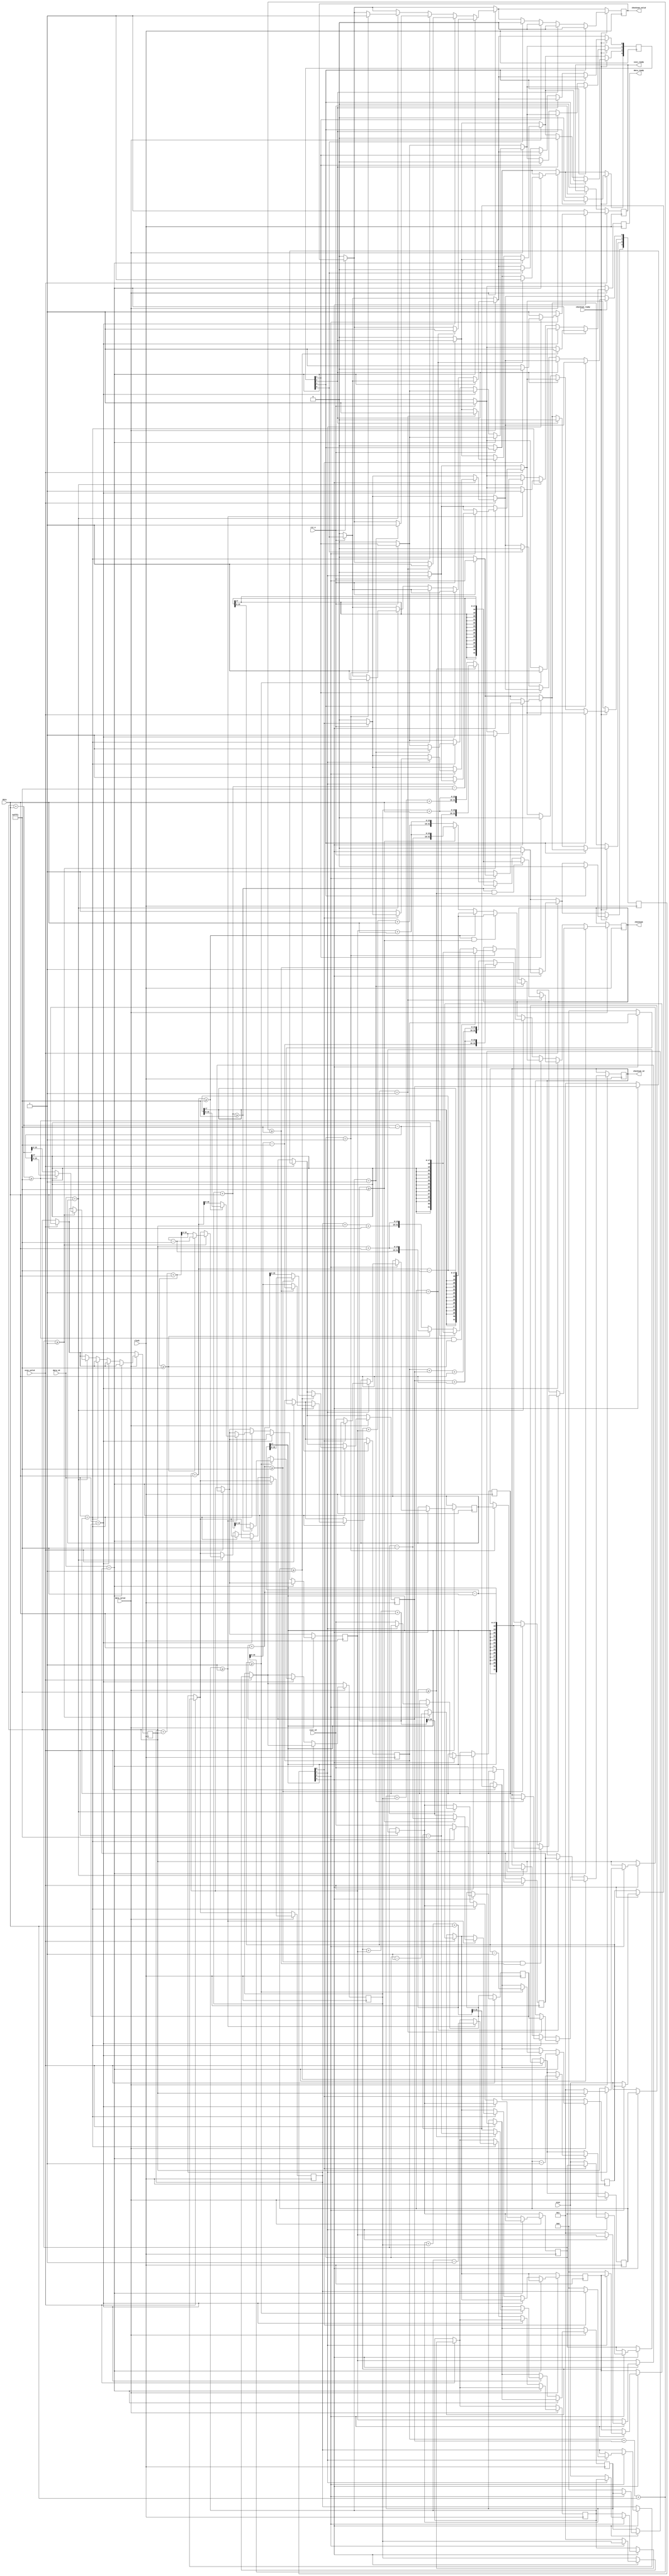
module adler32(
	input clock, rst_n,
	input size_valid,
	input[3:0] size_id,
	input[31:0] size,
	input data_valid,
	input[3:0] data_id,
	input[7:0] data,
	input checksum_ready,
	
	output reg size_ready,
	output reg data_ready,
	output reg checksum_valid,
	output reg [3:0] checksum_id,
	output reg [31:0] checksum
);
	
	reg [7:0] dataIn;
	reg [3:0] use_matrix = 0;
	reg [3:0] finish_matrix = 0;
	reg [3:0] id1, id2, id3, id4;
	reg [31:0] size1, size2, size3, size4;
	reg [15:0] a1, b1, a2, b2, a3, b3, a4, b4;
	
	always @ *
	begin
		dataIn <= data;
	end
	
	always @ (posedge clock)
	begin
		data_ready <= 1;
		// Active Low Reset
		if(!rst_n)
		begin
			size_ready <= 0;
			data_ready <= 0;
			use_matrix <= 0;
			finish_matrix <= 0;
			checksum_valid <= 0;
		end
		
		// InLoad Block
		if(size_valid)
		begin
			if(use_matrix[3] == 0)
			begin
				id1 <= size_id;
				size1 <= size;
				a1 <= 1;
				b1 <= 0;
				use_matrix[3] <= 1;
				size_ready <= 1;
			end
			else
				if(use_matrix[2] == 0)
				begin
					id2 <= size_id;
					size2 <= size;
					a2 <= 1;
					b2 <= 0;
					use_matrix[2] <= 1;
					size_ready <= 1;
				end
				else
					if(use_matrix[1] == 0)
					begin
						id3 <= size_id;
						size3 <= size;
						a3 <= 1;
						b3 <= 0;
						use_matrix[1] <= 1;
						size_ready <= 1;
					end
					else
						if(use_matrix[0] == 0)
						begin
							id4 <= size_id;
							size4 <= size;
							a4 <= 1;
							b4 <= 0;	
							use_matrix [0] <= 1;
							size_ready <= 1;
						end	
						else
						begin
							size_ready <= 0;
						end
		end
		
		//Compute Block
		if(data_valid)
		begin
			case(data_id)
			id1:
			begin
				if(size1 >= 1)
				begin
					size1 <= (size1 - 1); // decrement size1
					// compute A and B
					a1 <= (a1+dataIn >= 65521)?(a1+dataIn-65521):a1+dataIn; // Check modulo and compute
				
					b1 <= (b1+a1+dataIn >= 65521)?(b1+a1+dataIn-65521):b1+a1+dataIn; // Check modulo and compute
					data_ready <= 1;
				end	
				if(size1 == 1)
				begin
					if(a1+dataIn >= 65521 && b1+a1+dataIn >= 65521)
					begin
						checksum <= {(b1+a1+dataIn-65521),(a1+dataIn-65521)};
					end
					else if(a1+dataIn >= 65521)
					begin
						checksum <= {(b1+a1+dataIn),(a1+dataIn-65521)};
					end
					else if(b1+a1+dataIn >= 65521)
					begin
						checksum <= {(b1+a1+dataIn-65521),(a1+dataIn)};
					end
					else
					begin
						checksum <= {(b1+a1+dataIn),(a1+dataIn)};
					end
					finish_matrix[3] <= 1;
					checksum_valid <= 1;
					checksum_id <= id1;
				end
			end
			id2:
			begin
				if(size2 >= 1)
				begin
					size2 <= (size2 - 1); // decrement size2
					// compute A and B
					a2 <= (a2+dataIn >= 65521)?(a2+dataIn-65521):a2+dataIn; // Check modulo and compute
				
					b2 <= (b2+a2+dataIn >= 65521)?(b2+a2+dataIn-65521):b2+a2+dataIn; // Check modulo and compute
					data_ready <= 1;
				end		
				if(size2 == 1)
				begin
					if(a2+dataIn >= 65521 && b2+a2+dataIn >= 65521)
					begin
						checksum <= {(b2+a2+dataIn-65521),(a2+dataIn-65521)};
					end
					else if(a2+dataIn >= 65521)
					begin
						checksum <= {(b2+a2+dataIn),(a2+dataIn-65521)};
					end
					else if(b2+a2+dataIn >= 65521)
					begin
						checksum <= {(b2+a2+dataIn-65521),(a2+dataIn)};
					end
					else
					begin
						checksum <= {(b2+a2+dataIn),(a2+dataIn)};
					end
					finish_matrix[2] <= 1;
					checksum_valid <= 1;
					checksum_id <= id2;
				end
			end
			id3:
			begin
				if(size3 >= 1)
				begin
					size3 <= (size3 - 1); // decrement size3
					// compute A and B
					a3 <= (a3+dataIn >= 65521)?(a3+dataIn-65521):a3+dataIn; // Check modulo and compute
				
					b3 <= (b3+a3+dataIn >= 65521)?(b3+a3+dataIn-65521):b3+a3+dataIn; // Check modulo and compute
					data_ready <= 1;
				end	
				if(size3 == 1)
				begin
					if(a3+dataIn >= 65521 && b3+a3+dataIn >= 65521)
					begin
						checksum <= {(b3+a3+dataIn-65521),(a3+dataIn-65521)};
					end
					else if(a3+dataIn >= 65521)
					begin
						checksum <= {(b3+a3+dataIn),(a3+dataIn-65521)};
					end
					else if(b3+a3+dataIn >= 65521)
					begin
						checksum <= {(b3+a3+dataIn-65521),(a3+dataIn)};
					end
					else
					begin
						checksum <= {(b3+a3+dataIn),(a3+dataIn)};
					end
					finish_matrix[1] <= 1;
					checksum_valid <= 1;
					checksum_id <= id3;
				end				
			end
			id4:
			begin
				if(size4 >= 1)
				begin
					size4 <= (size4 - 1); // decrement size4
					// compute A and B
					a4 <= (a4+dataIn >= 65521)?(a4+dataIn-65521):a4+dataIn; // Check modulo and compute
				
					b4 <= (b4+a4+dataIn >= 65521)?(b4+a4+dataIn-65521):b4+a4+dataIn; // Check modulo and compute
					data_ready <= 1;
				end	
				if(size4 == 1)
				begin
					if(a4+dataIn >= 65521 && b4+a4+dataIn >= 65521)
					begin
						checksum <= {(b4+a4+dataIn-65521),(a4+dataIn-65521)};
					end
					else if(a4+dataIn >= 65521)
					begin
						checksum <= {(b4+a4+dataIn),(a4+dataIn-65521)};
					end
					else if(b4+a4+dataIn >= 65521)
					begin
						checksum <= {(b4+a4+dataIn-65521),(a4+dataIn)};
					end
					else
					begin
						checksum <= {(b4+a4+dataIn),(a4+dataIn)};
					end
					finish_matrix[0] <= 1;
					checksum_valid <= 1;
					checksum_id <= id4;
				end
			end
			default:
			begin
			end
			endcase
		end
		
		//OffLoad Block
		if(checksum_ready)
		begin
			if(finish_matrix[3] == 1)
			begin
				checksum_valid <= 0;
				use_matrix[3] <= 0;
				finish_matrix[3] <= 0;
			end
			else
				if(finish_matrix[2] == 1)
				begin
					checksum_valid <= 0;
					use_matrix[2] <= 0;
					finish_matrix[2] <= 0;
				end
				else
					if(finish_matrix[1] == 1)
					begin
						checksum_valid <= 0;
						use_matrix[1] <= 0;
						finish_matrix[1] <= 0;
					end
					else
						if(finish_matrix[0] == 1)
						begin
							checksum_valid <= 0;
							use_matrix[0] <= 0;
							finish_matrix[0] <= 0;
						end	
		end
	end
endmodule